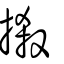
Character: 摋